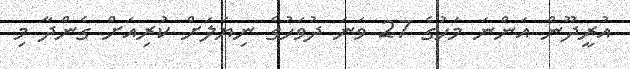
އުރީދޫން އަންނަ މަހުގެ 27 ވަނަ ދުވަހުގެ ނިޔަލަށް ކުރިއަށް ގެންދާ މި